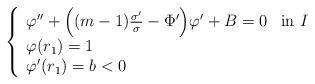
LaTeX: \begin{align*}\left\{ \begin{array}{ll}\varphi''+\Big((m-1)\frac{\sigma'}{\sigma}-\Phi'\Big) \varphi'+B=0 & \textnormal{in}\ I\\\varphi(r_1)=1\\\varphi'(r_1)=b<0\end{array} \right.\end{align*}